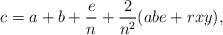
LaTeX: \begin{align*} c = a+b+ \frac{e}{n}+\frac{2}{n^2}(abe+rxy),\end{align*}